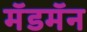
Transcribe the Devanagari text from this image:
मॅडमॅन